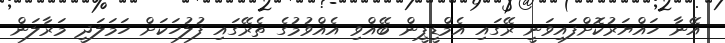
އޭނާ ހައްޔަރުކޮށްފައިވަނީ ރޭގައި އެމްޑީޕީން ބޭއްވި އެއްވުމުގެ ތެރޭގައި ފުލުހަކަށް ހަމަލަދީ މަރާލަން